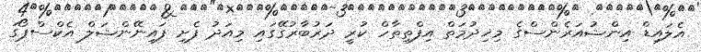
އެލައިޑް އިންޝުއަރެންސްގެ މިޚިދުމަތް އިފްތިތާހް ކުރީ ދަރުބާރުގޭގައި މިއަދު ފެށި ފައިނޭންޝަލް އެކްސްޕޯގަ